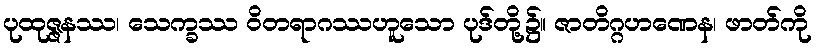
ပုထုဇ္ဇနဿ၊ သေက္ခဿ ဝိတရာဂဿဟူသော ပုဒ်တို့၌။ ဇာတိဂ္ဂဟဏေန၊ ဖာတ်ကို